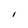
Character: 1